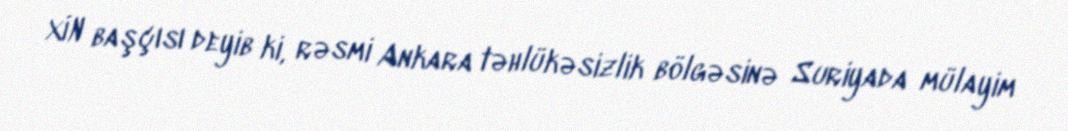
XİN başçısı deyib ki, rəsmi Ankara təhlükəsizlik bölgəsinə Suriyada mülayim